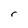
Character: r